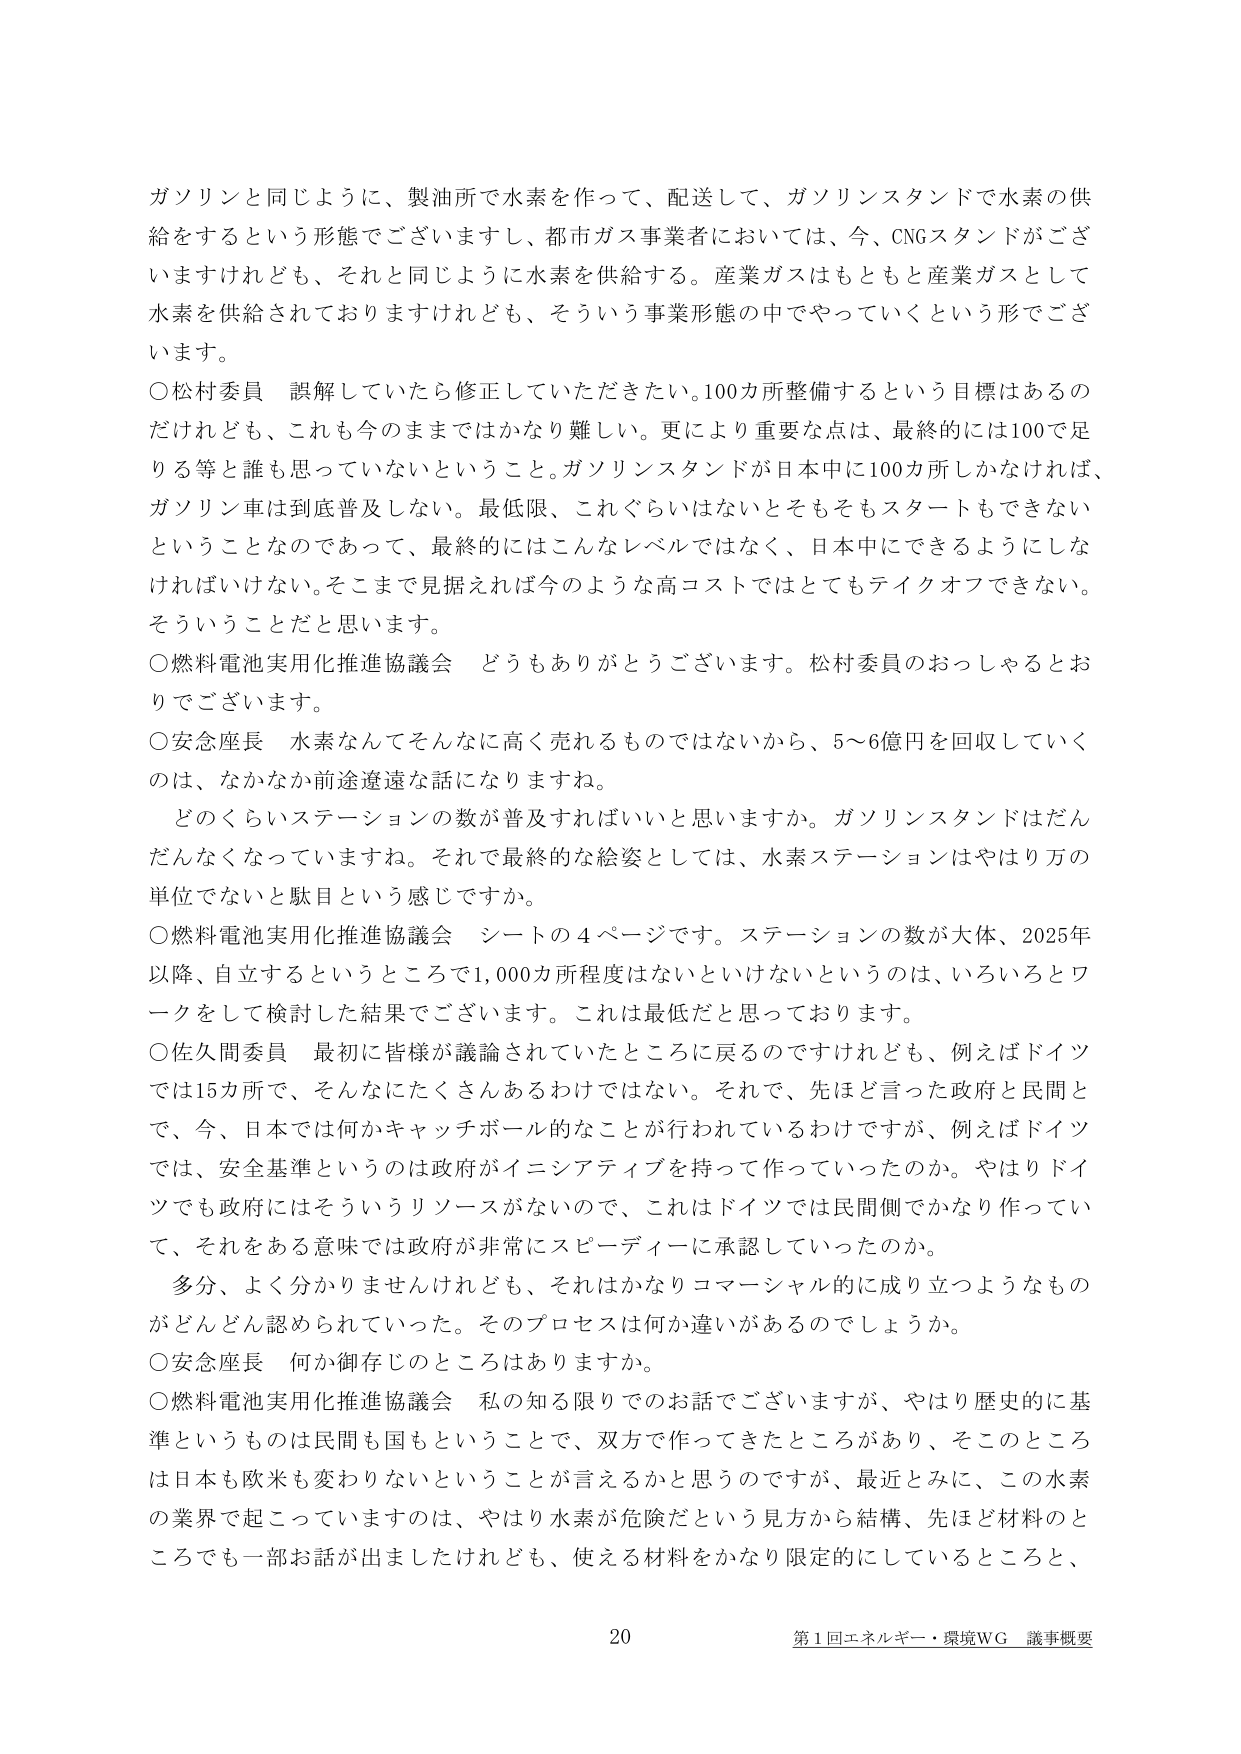
ガソリンと同じように、製油所で水素を作って、配送して、ガソリンスタンドで水素の供給をするという形態でございますし、都市ガス事業者においては、今、CNGスタンドがございますけれども、それと同じように水素を供給する。産業ガスはもともと産業ガスとして水素を供給されておりますけれども、そういう事業形態の中でやっていくという形でございます。

○松村委員　誤解していたら修正していただきたい。100カ所整備するという目標はあるのだけれども、これも今のままではかなり難しい。更により重要な点は、最終的には100で足りる等と誰も思っていないということ。ガソリンスタンドが日本中に100カ所しかなければ、ガソリン車は到底普及しない。最低限、これぐらいはないとそもそもスタートもできないということなのであって、最終的にはこんなレベルではなく、日本中にできるようにしなければいけない。そこまで見据えれば今のような高コストではとてもテイクオフできない。そういうことだと思います。

○燃料電池実用化推進協議会　どうもありがとうございます。松村委員のおっしゃるとおりでございます。

○安念座長　水素なんてそんなに高く売れるものではないから、5～6億円を回収していくのは、なかなか前途遼遠な話になりますね。

　どのくらいステーションの数が普及すればいいと思いますか。ガソリンスタンドはだんだんなくなっていますね。それで最終的な絵姿としては、水素ステーションはやはり万の単位でないと駄目という感じですか。

○燃料電池実用化推進協議会　シートの4ページです。ステーションの数が大体、2025年以降、自立するというところで1,000カ所程度はないといけないというのは、いろいろとワークをして検討した結果でございます。これは最低だと思っております。

○佐久間委員　最初に皆様が議論されていたところに戻るのですけれども、例えばドイツでは15カ所で、そんなにたくさんあるわけではない。それで、先ほど言った政府と民間とで、今、日本では何かキャッチボール的なことが行われているわけですが、例えばドイツでは、安全基準というのは政府がイニシアティブを持って作っていったのか。やはりドイツでも政府にはそういうリソースがないので、これはドイツでは民間側でかなり作っていて、それをある意味では政府が非常にスピーディーに承認していったのか。

　多分、よく分かりませんけれども、それはかなりコマーシャル的に成り立つようなものがどんどん認められていった。そのプロセスは何か違いがあるのでしょうか。

○安念座長　何か御存じのところはありますか。

○燃料電池実用化推進協議会　私の知る限りでのお話でございますが、やはり歴史的に基準というものは民間も国もということで、双方で作ってきたところがあり、そのところは日本も欧米も変わりないということが言えるかと思うのですが、最近とみに、この水素の業界で起こっていますのは、やはり水素が危険だという見方から結構、先ほど材料のところでも一部お話が出ましたけれども、使える材料をかなり限定的にしているところと、

20
第1回エネルギー・環境WG 議事概要